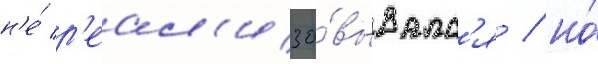
н'е́ р'еал'изо́вывалс'я / но́